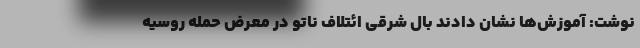
نوشت: آموزش‌ها نشان دادند بال شرقی ائتلاف ناتو در معرض حمله روسیه